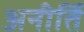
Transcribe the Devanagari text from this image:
अनीर्ति